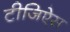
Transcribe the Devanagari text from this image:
टीजिऐस